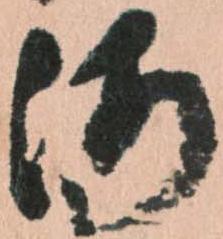
海